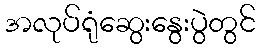
အလုပ်ရုံဆွေးနွေးပွဲတွင်